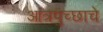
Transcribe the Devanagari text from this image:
आंत्रपुच्छाचे